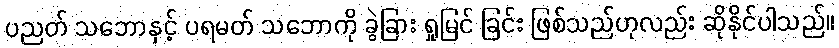
ပညတ် သဘောနှင့် ပရမတ် သဘောကို ခွဲခြား ရှုမြင် ခြင်း ဖြစ်သည်ဟုလည်း ဆိုနိုင်ပါသည်။